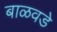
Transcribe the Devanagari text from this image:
बाळवडे